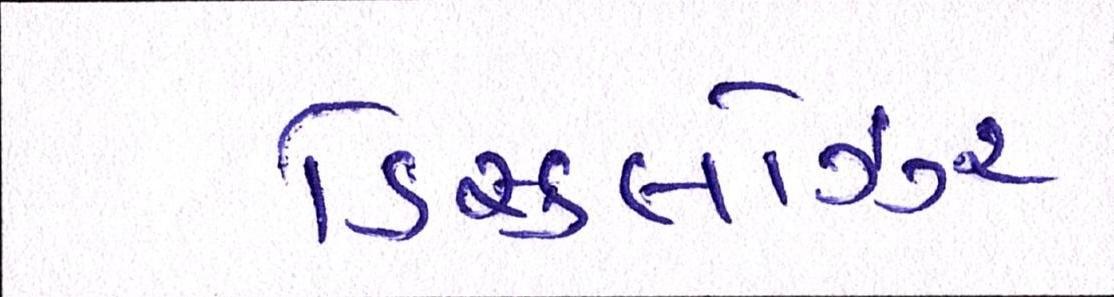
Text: ડિસ્કલોઝર